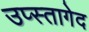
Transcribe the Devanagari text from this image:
उप्स्तागेद